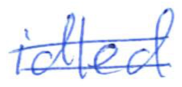
Text: idled
Cross-out: double-line
Writing tool: ballpoint